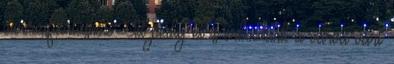
diverzifikáláshoz. Itt pedig el is érkeztünk a várva várt